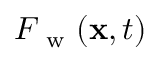
F _ { \mathrm { ~ w ~ } } ( \mathbf { x } , t )